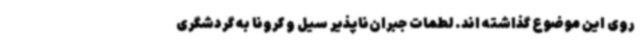
روی این موضوع گذاشته اند. لطمات جبران‌ناپذیر سیل و کرونا به گردشگری